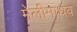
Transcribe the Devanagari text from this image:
मेलीमाधव